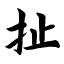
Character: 扯